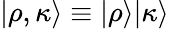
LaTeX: |\rho,\kappa\rangle\equiv|\rho\rangle|\kappa\rangle